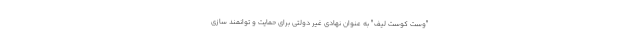
"وست کوست لیف" به عنوان نهادی غیر دولتی برای حمایت و توانمند سازی